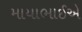
માયાભાઈએ